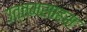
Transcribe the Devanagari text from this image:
उत्तमसाहस